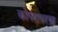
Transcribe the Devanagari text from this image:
कोपरावरचा